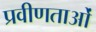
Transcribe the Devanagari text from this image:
प्रवीणताओं